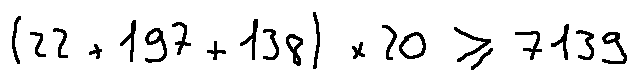
( 2 2 + 1 9 7 + 1 3 8 ) \times 2 0 \geq 7 1 3 9